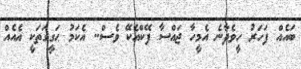
ބައެއް ފަހަރު ހީވެދާނެ އެމީހާ ޖައްސާ ފޭކްއެކޭ ވެސް.. އެކަމު ޙަގީގަތަކީ އެއެއް